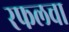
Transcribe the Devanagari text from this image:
रफलचा